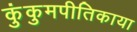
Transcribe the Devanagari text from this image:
कुंकुमपीतिकाया